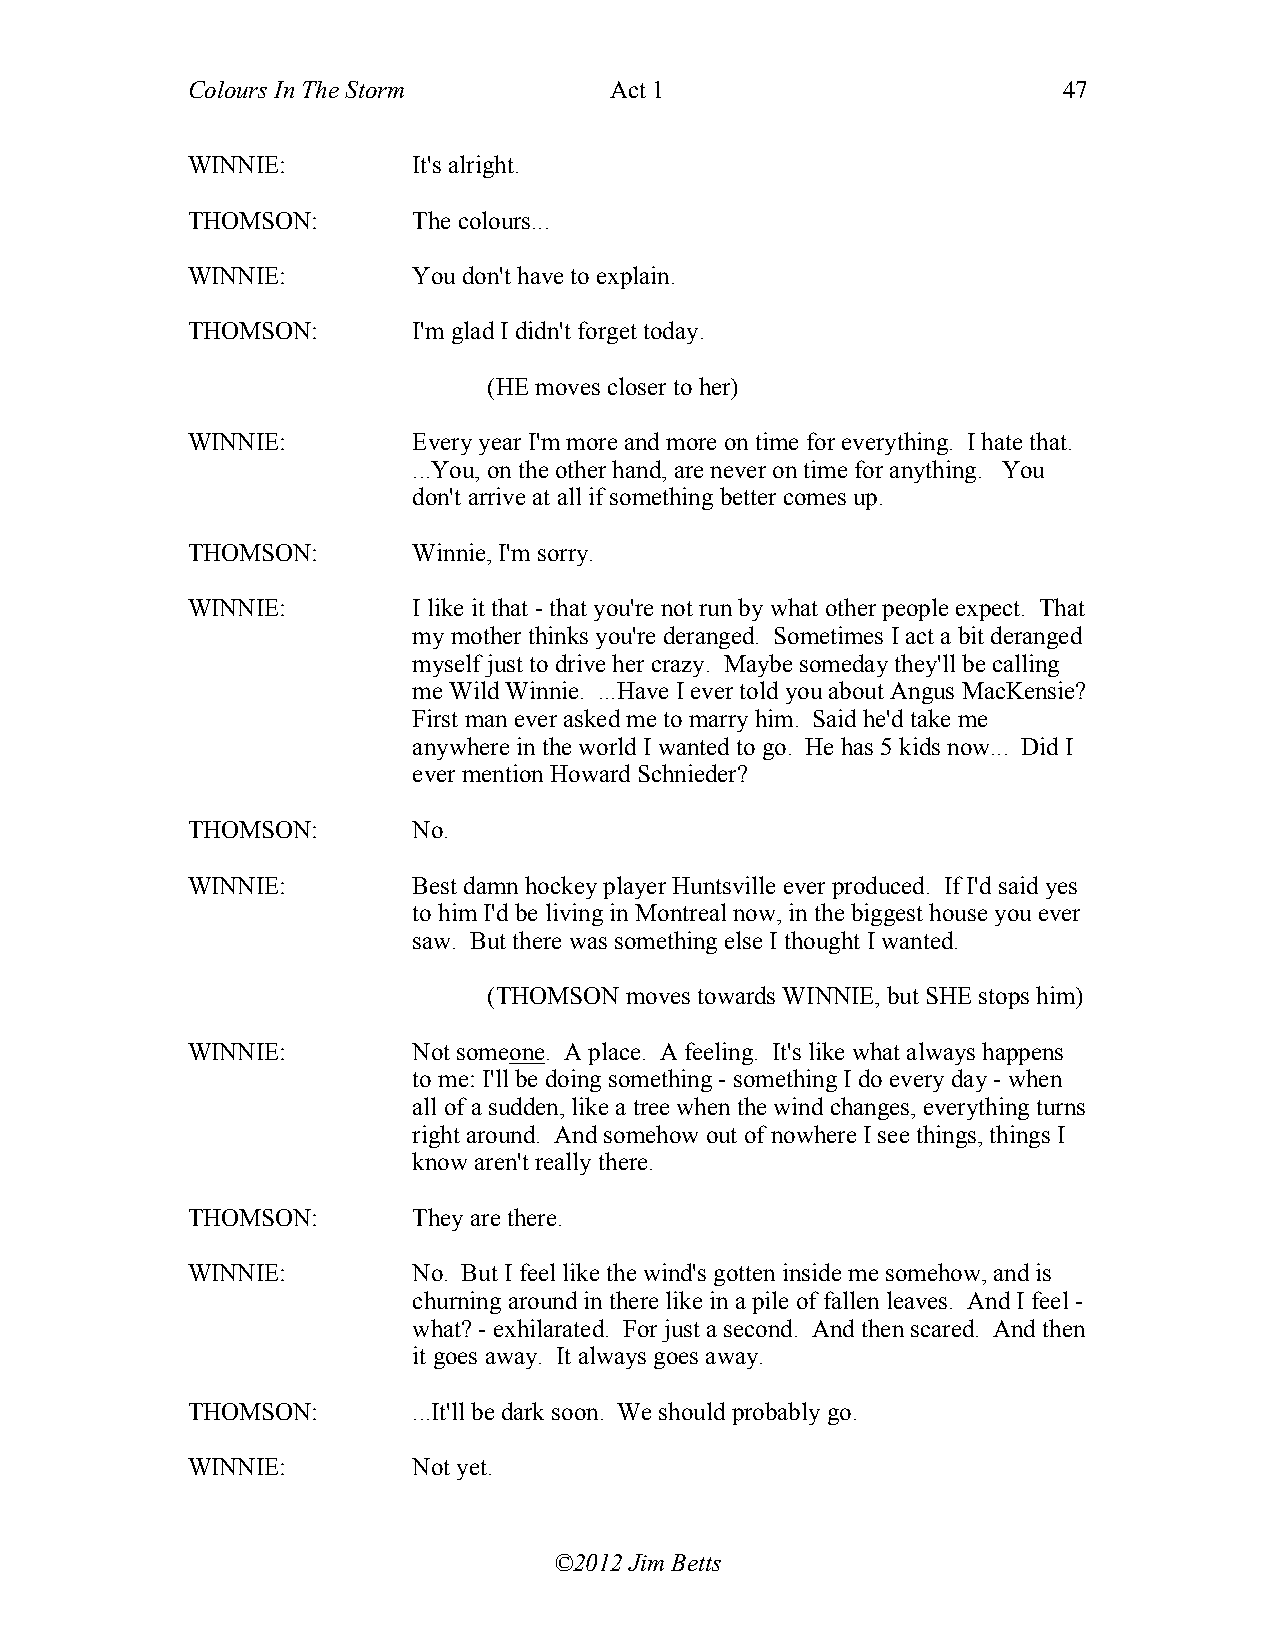
Colours In The Storm        Act 1                         47
 WINNIE:        It's alright.
 THOMSON:       The colours...
 WINNIE:        You don't have to explain.
 THOMSON:       I'm glad I didn't forget today.
 (HE moves closer to her)
 WINNIE:        Every year I'm more and more on time for everything. I hate that.
 ...You, on the other hand, are never on time for anything. You
 don't arrive at all if something better comes up.
 THOMSON:       Winnie, I'm sorry.
 WINNIE:        I like it that - that you're not run by what other people expect. That
 my mother thinks you're deranged. Sometimes I act a bit deranged
 myself just to drive her crazy. Maybe someday they'll be calling
 me Wild Winnie. ...Have I ever told you about Angus MacKensie?
 First man ever asked me to marry him. Said he'd take me
 anywhere in the world I wanted to go. He has 5 kids now... Did I
 ever mention Howard Schnieder?
 THOMSON:       No.
 WINNIE:        Best damn hockey player Huntsville ever produced. If I'd said yes
 to him I'd be living in Montreal now, in the biggest house you ever
 saw. But there was something else I thought I wanted.
 (THOMSON moves towards WINNIE, but SHE stops him)
 WINNIE:        Not someone. A place. A feeling. It's like what always happens
 to me: I'll be doing something - something I do every day - when
 all of a sudden, like a tree when the wind changes, everything turns
 right around. And somehow out of nowhere I see things, things I
 know aren't really there.
 THOMSON:       They are there.
 WINNIE:        No. But I feel like the wind's gotten inside me somehow, and is
 churning around in there like in a pile of fallen leaves. And I feel -
 what? - exhilarated. For just a second. And then scared. And then
 it goes away. It always goes away.
 THOMSON:       ...It'll be dark soon. We should probably go.
 WINNIE:        Not yet.
 ©2012 Jim Betts